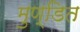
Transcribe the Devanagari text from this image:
मुण्डित